Annual administration report of the Civil Veterinary Department of India - 1898-1899
Year: 1898
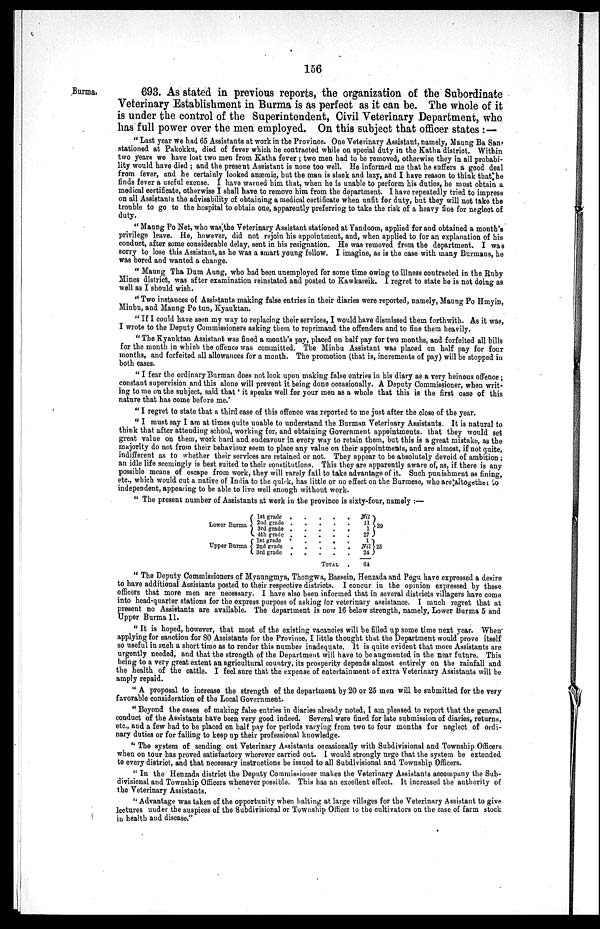
156
Burma.
693. As stated in previous reports, the organization of the Subordinate
Veterinary Establishment in Burma is as perfect as it can be. The whole of it
is under the control of the Superintendent, Civil Veterinary Department, who
has full power over the men employed. On this subject that officer states:—
"Last year we had 65 Assistants at work in the Province. One Veterinary Assistant, namely, Maung Ba San'
stationed at Pakokku, died of fever which he contracted while on special duty in the Katha district. Within
two years we have lost two men from Katha fever ; two men had to be removed, otherwise they in all probabi-
lity would have died ; and the present Assistant is none too well. He informed me that he suffers a good deal
from fever, and he certainly looked anæmic, but the man is slack and lazy, and I have reason to think that he
finds fever a useful excuse. I have warned him that, when he is unable to perform his duties, he must obtain a
medical certificate, otherwise I shall have to remove him from the department. I have repeatedly tried to impress
on all Assistants the advisability of obtaining a medical certificate when unfit for duty, but they will not take the
trouble to go to the hospital to obtain one, apparently preferring to take the risk of a heavy fine for neglect of
duty.
"Maung Po Net, who was the Veterinary Assistant stationed at Yandoom, applied for and obtained a month's
privilege leave. He, however, did not rejoin his appointment, and, when applied to for an explanation of his
conduct, after some considerable delay, sent in his resignation. He was removed from the department. I was
sorry to lose this Assistant, as he was a smart young fellow. I imagine, as is the case with many Burmans, he
was bored and wanted a change.
"Maung Tha Dum Aung, who had been unemployed for some time owing to illness contracted in the Ruby
Mines district, was after examination reinstated and posted to Kawkareik. I regret to state he is not doing as
well as I should wish.
"Two instances of Assistants making false entries in their diaries were reported, namely, Maung Po Hmyin,
Minbu, and Maung Po tun, Kyauktan.
"If I could have seen my way to replacing their services, I would have dismissed them forthwith. As it was,
I wrote to the Deputy Commissioners asking them to reprimand the offenders and to fine them heavily.
" The Kyauktan Assistant was fined a month's pay, placed on half pay for two months, and forfeited all bills
for the month in which the offence was committed. The Minbu Assistant was placed on half pay for four
months, and forfeited all allowances for a month. The promotion (that is, increments of pay) will be stopped in
both cases.
" I fear the ordinary Burman does not look upon making false entries in his diary as a very heinous offence ;
constant supervision and this alone will prevent it being done occasionally. A Deputy Commissioner, when writ-
ing to me on the subject, said that 'it speaks well for your men as a whole that this is the first case of this
nature that has come before me.'
" I regret to state that a third case of this offence was reported to me just after the close of the year.
" I must say I am at times quite unable to understand the Burman Veterinary Assistants. It is natural to
think that after attending school, working for, and obtaining Government appointments, that they would set
great value on them, work hard and endeavour in every way to retain them, but this is a great mistake, as the
majority do not from their behaviour seem to place any value on their appointments, and are almost, if not quite,
indifferent as to whether their services are retained or not. They appear to be absolutely devoid of ambition;
an idle life seemingly is best suited to their constitutions. This they are apparently aware of, as, if there is any
possible means of escape from work, they will rarely fail to take advantage of it. Such punishment as fining,
etc., which would cut a native of India to the quick, has little or no effect on the Burmese, who are altogether to
independent, appearing to be able to live well enough without work.
" The present number of Assistants at work in the province is sixty-four, namely:—
Lower Burma
Upper Burma
1st grade . . . . .
2nd grade . . . . .
3rd grade . . . . .
4th grade . . . . .
1st grade . . . . .
2nd grade . . . . .
3rd grade . . . . .
TOTAL .
Nil
11 11
27
1
Nil
24
61
30
25
"The Deputy Commissioners of Myaungmya, Thongwa, Bassein, Henzada and Pegu have expressed a desire
to have additional Assistants posted to their respective districts. I concur in the opinion expressed by these
officers that more men are necessary. I have also been informed that in several districts villagers have come
into head-quarter stations for the express purpose of asking for veterinary assistance. I much regret that at
present no Assistants are available. The department is now 16 below strength, namely, Lower Burma 5 and
Upper Burma 11.
"It is hoped, however, that most of the existing vacancies will be filled up some time next year. When
applying for sanction for 80 Assistants for the Province, I little thought that the Department would prove itself
so useful in such a short time as to render this number inadequate. It is quite evident that more Assistants are
urgently needed, and that the strength of the Department will have to be augmented in the near future. This
being to a very great extent an agricultural country, its prosperity depends almost entirely on the rainfall and
the health of the cattle. I feel sure that the expense of entertainment of extra Veterinary Assistants will be
amply repaid.
"A proposal to increase the strength of the department by 20 or 25 men will be submitted for the very
favorable consideration of the Local Government.
"Beyond the cases of making false entries in diaries already noted, I am pleased to report that the general
conduct of the Assistants have been very good indeed. Several were fined for late submission of diaries, returns,
etc., and a few had to be placed on half pay for periods varying from two to four months for neglect of ordi-
nary duties or for failing to keep up their professional knowledge.
" The system of sending out Veterinary Assistants occasionally with Subdivisional and Township Officers
when on tour has proved satisfactory wherever carried out. I would strongly urge that the system be extended
to every district, and that necessary instructions be issued to all Subdivisional and Township Officers.
"In the Henzada district the Deputy Commissioner makes the Veterinary Assistants accompany the Sub-
divisional and Township Officers whenever possible. This has an excellent effect. It increased the authority of
the Veterinary Assistants.
"Advantage was taken of the opportunity when halting at large villages for the Veterinary Assistant to give
lectures under the auspices of the Subdivisional or Township Officer to the cultivators on the case of farm stock
in health and disease."